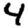
Digit: 4